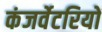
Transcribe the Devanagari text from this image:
कंजर्वेटरियों